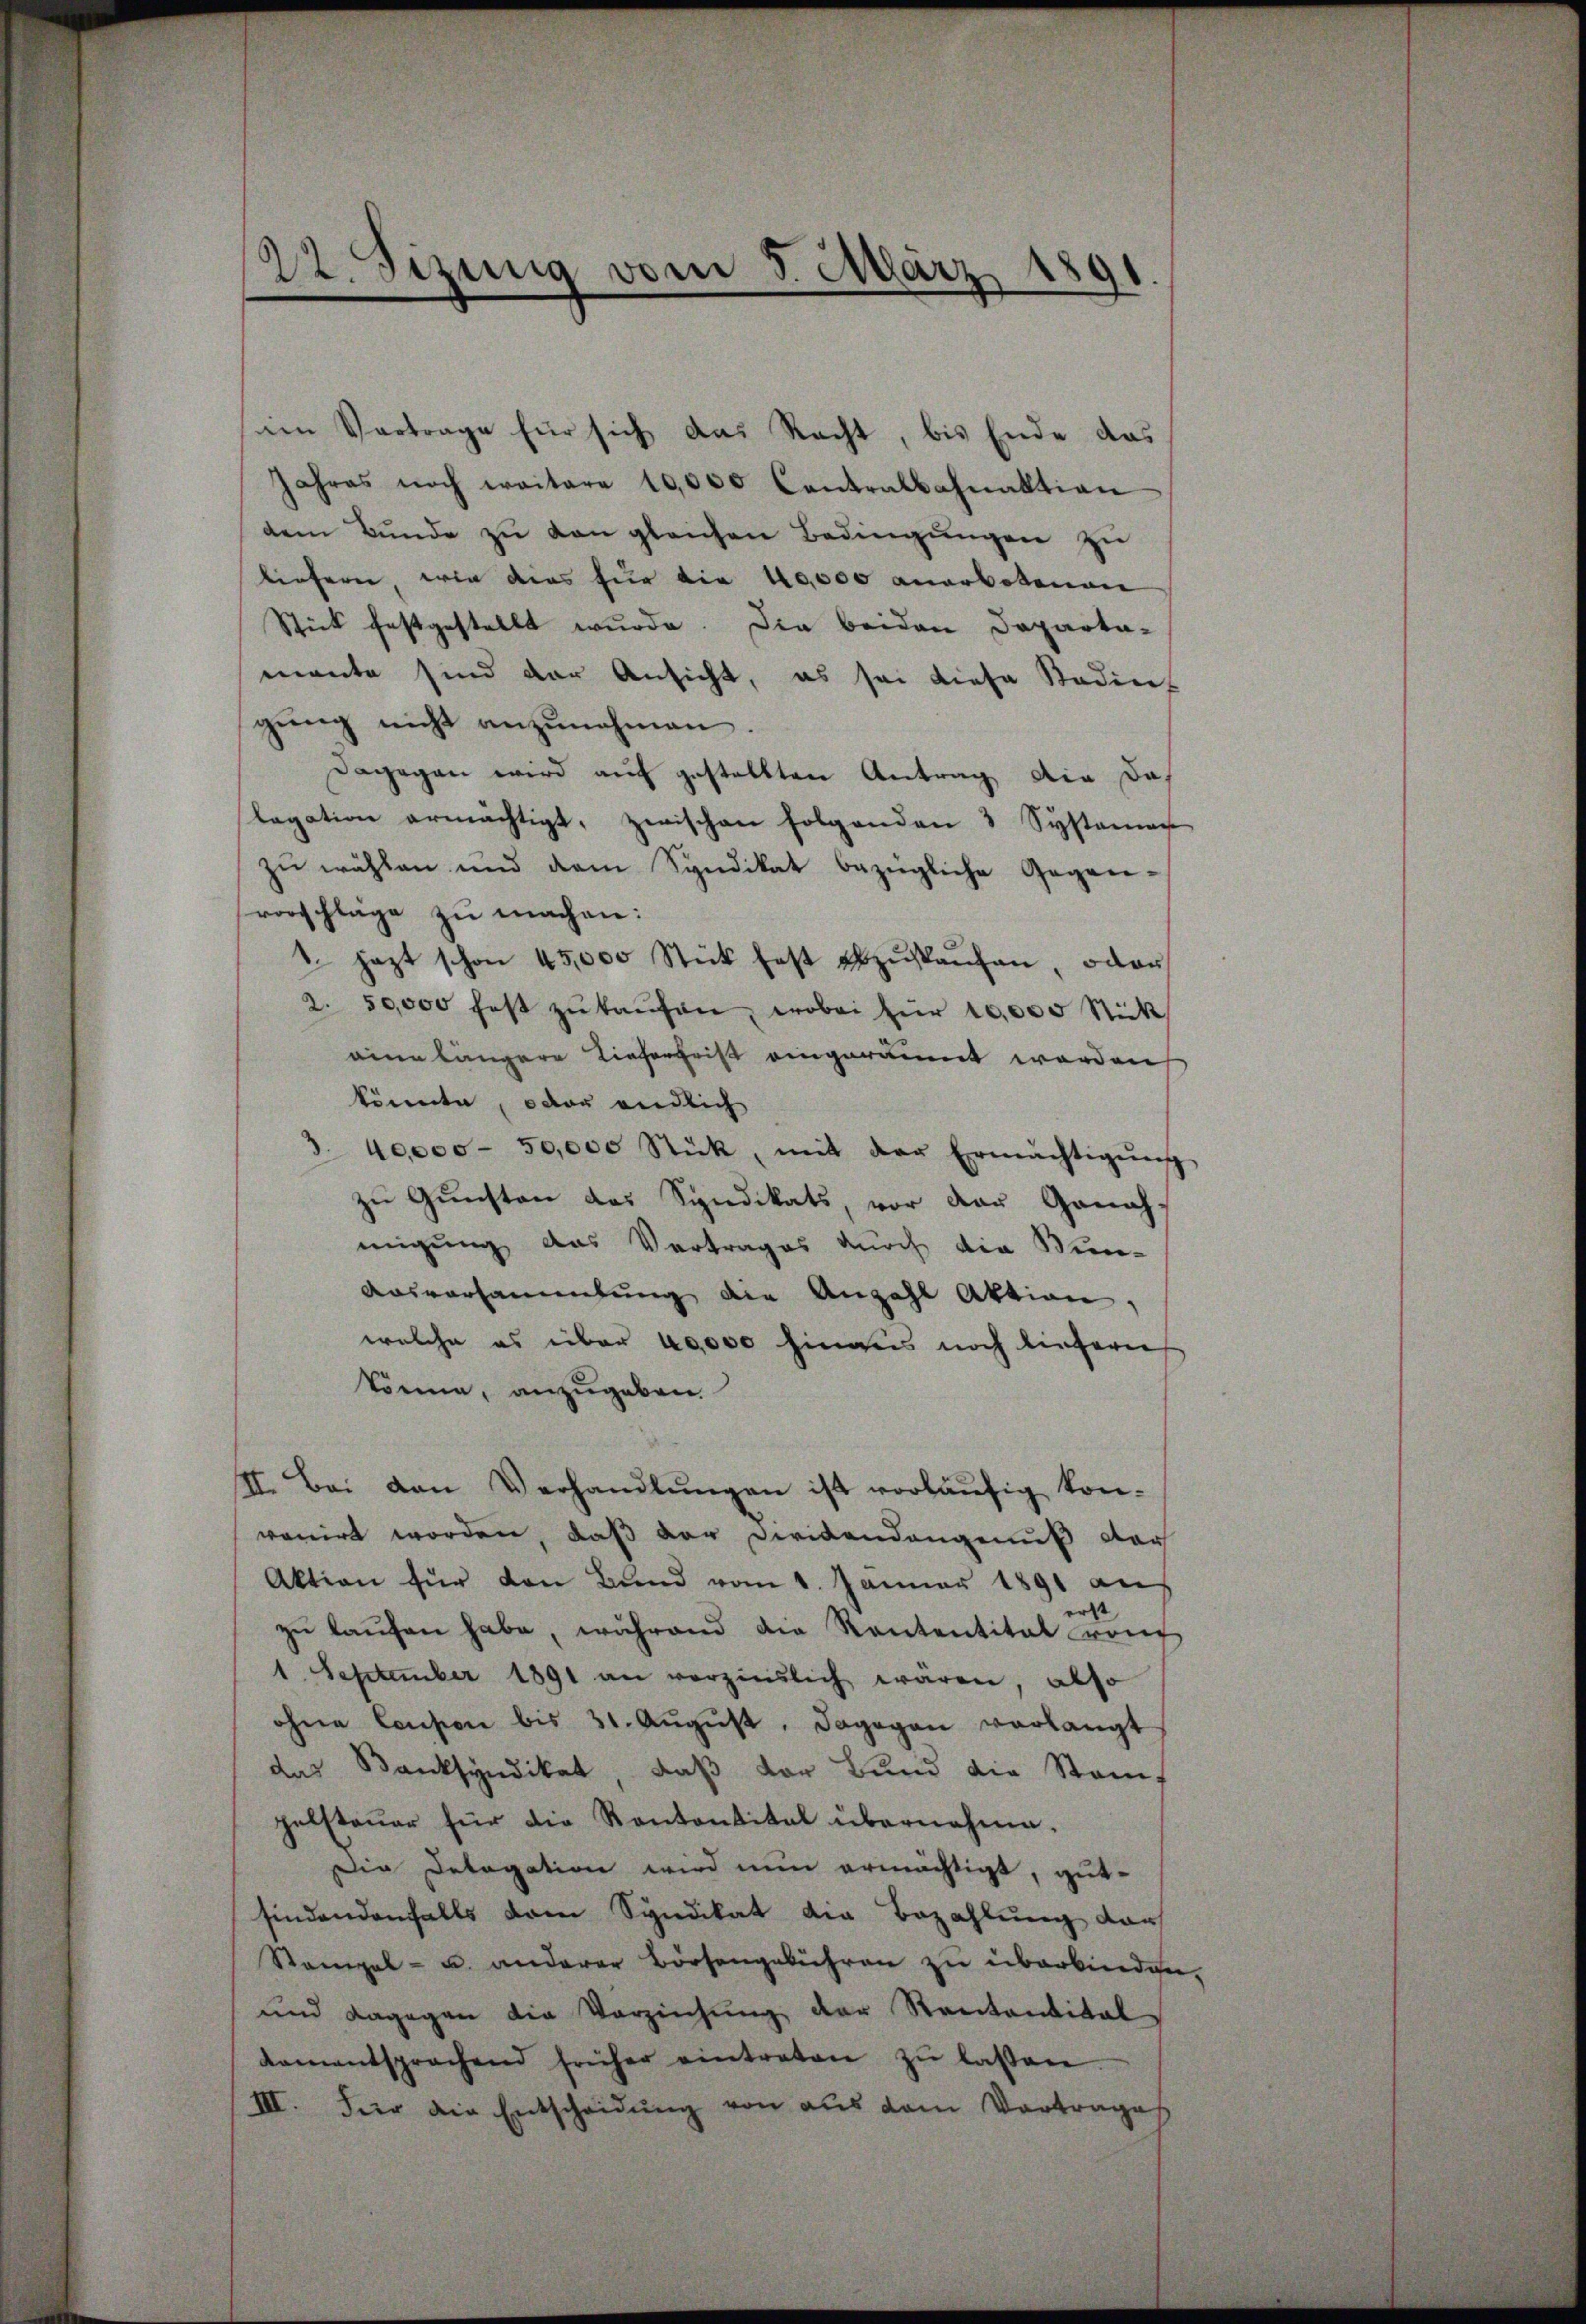
22. Sizung vom 5. März
9

sien Vortrage für sich das Recht, bis Ende das
Jahres noch weitere 10,000 Centralbahnaktion
dem Bunde zu von gleichen Bedingungen zu
liefern wie dies für die 10000 anerbotenan
Stick festgestellt wurde. Die beiden Departa-
mante sind der Ansicht, es sei diese Stadies
gŭng nicht anzŭnehmen.
Dagegen wird auf gestellten Antrag die das
legation ermächtigt, zwischen folgenden 3 Systemen
zŭ wählen und dem Syndikat bezügliche Gegen-
vorschläge zu machen:
1 jezt schon 45,000 Stück fest abzŭskaŭfen, oder
2. 50,000 fest zŭ kaŭfen, wobei für 10,000 Stück
eine längere Lieferfrist eingeräumt werden
könnte, oder endlich
40,000 - 50,000 Stück, mit der Ermächtigŭng
zu Gunsten das Syndikats, vor der Genah-
migung das Vertrages durch die Wun-
Ausversammlung die Anzahl Aktion,
welche es über 40000 Eingeis noch liefern
könne, anzugeben.
II. Bei den Verhandlŭngen ist vorläŭfig kon-
vonirt worden, daß der Dirikandangenuß dar
Aktion für den Bund vom 1. Jänner 1891 an
erst
zŭ laŭfen habe, während die Kontentital rauf
1. September 1891 an verzinslich wären, also
ohne Consion bis 31. Aŭgŭst, dagegen verlangt
das Banksyndikat, daß vor Bund die Stammt
pelsteŭer für die Kantantital übernahme.
Die Delegation wird nun ermächtigt, gutfindendenfalls dem Syndikat die Bezahlung darf
Stempel- u. anderer Börsengebühren zu überbinden.
und dagegen die Verziehŭng der Rentantital
kamentsprachend früher eintreten zŭ lassen.
III. Für die Entscheidŭng von aus dem Vortrage